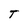
Character: T